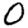
Digit: 0